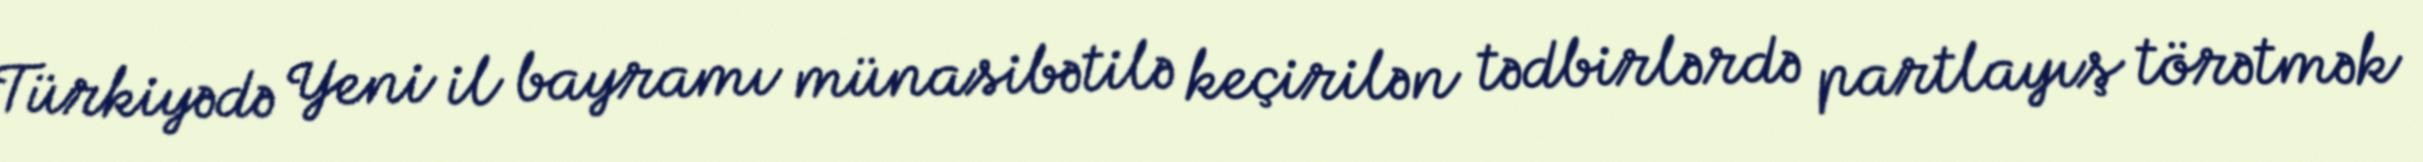
Türkiyədə Yeni il bayramı münasibətilə keçirilən tədbirlərdə partlayış törətmək